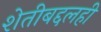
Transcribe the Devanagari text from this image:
शेतीबद्दलही